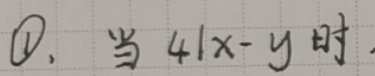
$\textcircled{1}. $当$ 4\mid x - y $时,